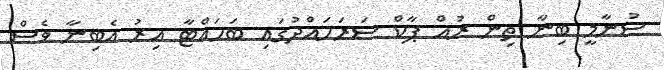
ސުނާމީ ބިނާ ތިން ރުއް ޕާކް ސަރަހައްދުގައި ބަހައްޓާ އިރު އެބިނާ ވެސް